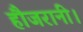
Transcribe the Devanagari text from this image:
हौजरानी।